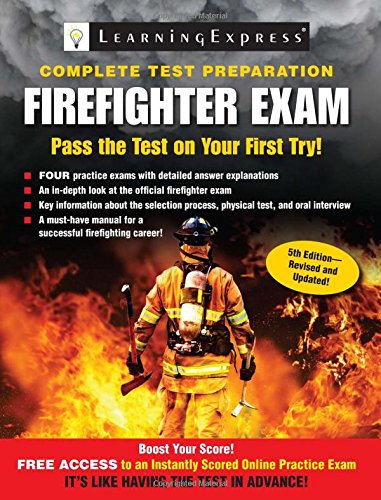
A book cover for Firefighter Exam; LLC LearningExpress; Test Preparation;